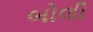
બોલી